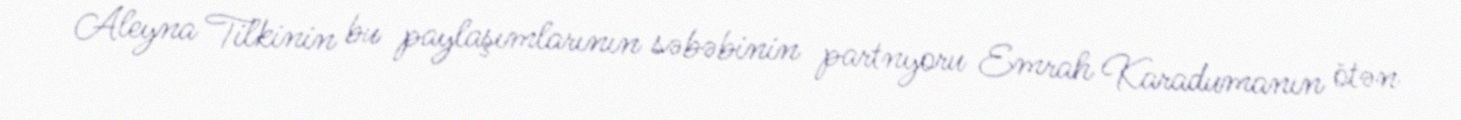
Aleyna Tilkinin bu paylaşımlarının səbəbinin partnyoru Emrah Karadumanın ötən